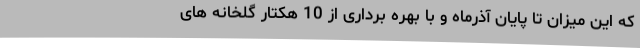
که این میزان تا پایان آذرماه و با بهره برداری از 10 هکتار گلخانه های